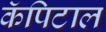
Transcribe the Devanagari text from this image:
कॅपिटाल